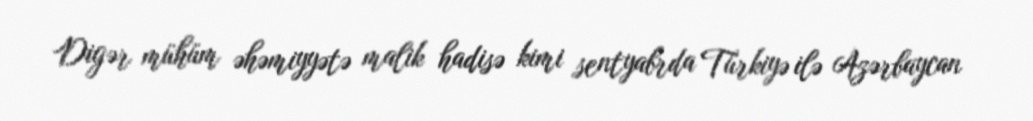
Digər mühüm əhəmiyyətə malik hadisə kimi sentyabrda Türkiyə ilə Azərbaycan